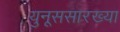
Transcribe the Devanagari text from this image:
युनूससारख्या